Document type: Grant
Year: 1301
Scribe: Berenguer de Terrassa
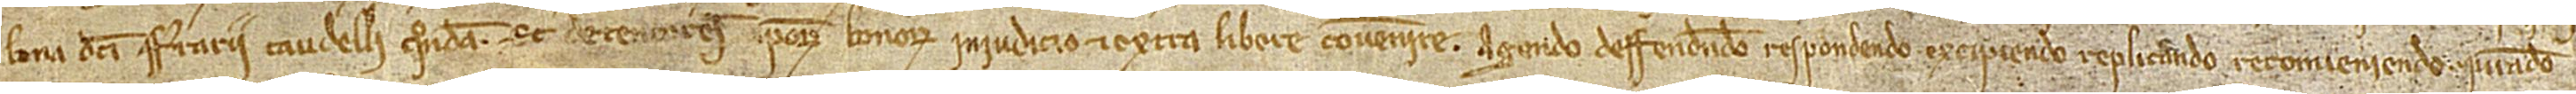
bona dicti Ferrarii Taudelli, quondam, et detentores ipsorum bonorum in iudicio et extra libere convenire, agendo, deffendendo, respondendo, excipiendo, replicando, reconveniendo, iurando